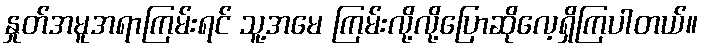
နှုတ်အမူအရာကြမ်းရင် သူ့အမေ ကြမ်းလို့လို့ပြောဆိုလေ့ရှိကြပါတယ်။